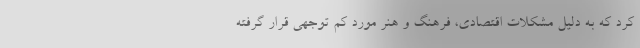
کرد که به دلیل مشکلات اقتصادی، فرهنگ و هنر مورد کم توجهی قرار گرفته